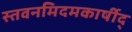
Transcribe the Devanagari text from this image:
स्तवनमिदमकार्षीद्